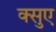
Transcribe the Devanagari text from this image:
क्सुए